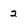
Character: 2